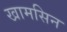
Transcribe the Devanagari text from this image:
खामसिन